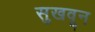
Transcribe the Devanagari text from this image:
सुखवून